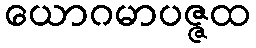
ယောဂမာပဇ္ဇထ